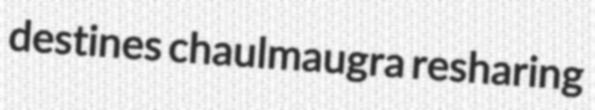
destines chaulmaugra resharing